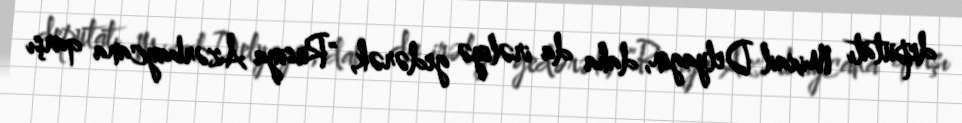
deputatı Mixail Delyagin, daha da irəliyə gedərək, "Rusiya Azərbaycana qarşı